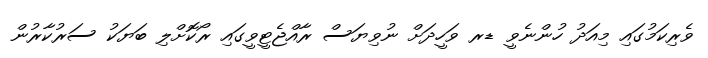
ވެރިކަމުގައި މިއަދު ހުންނެވީ ޑރ ވަހީދަށް ނުވިޔަސް ރާއްޖެޓީވީގައި ރޯކޮށްލި ބަޔަކު ސަރުކާރުން